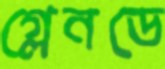
গ্লেনডে